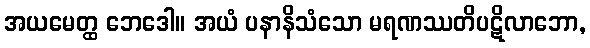
အယမေတ္ထ ဘေဒေါ။ အယံ ပနာနိသံသော မရဏဿတိပဋိလာဘော,